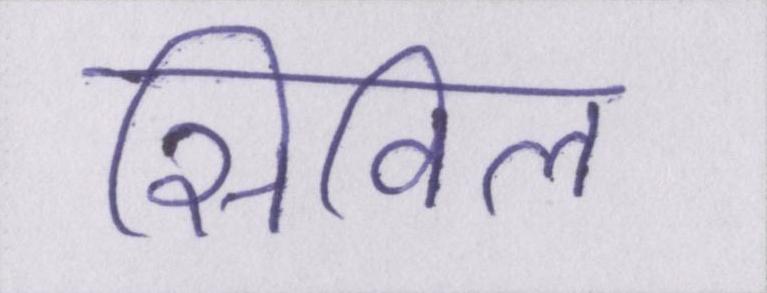
सिविल